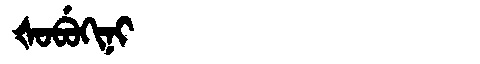
Manchu: ᡧᠣᠪᡠᡴᡳᠨᡳ
Romanization: ŠOBUKINI